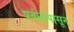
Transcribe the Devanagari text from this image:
पर्वतांपासून